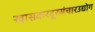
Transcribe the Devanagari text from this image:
खासकरदूरसंचारउद्योग